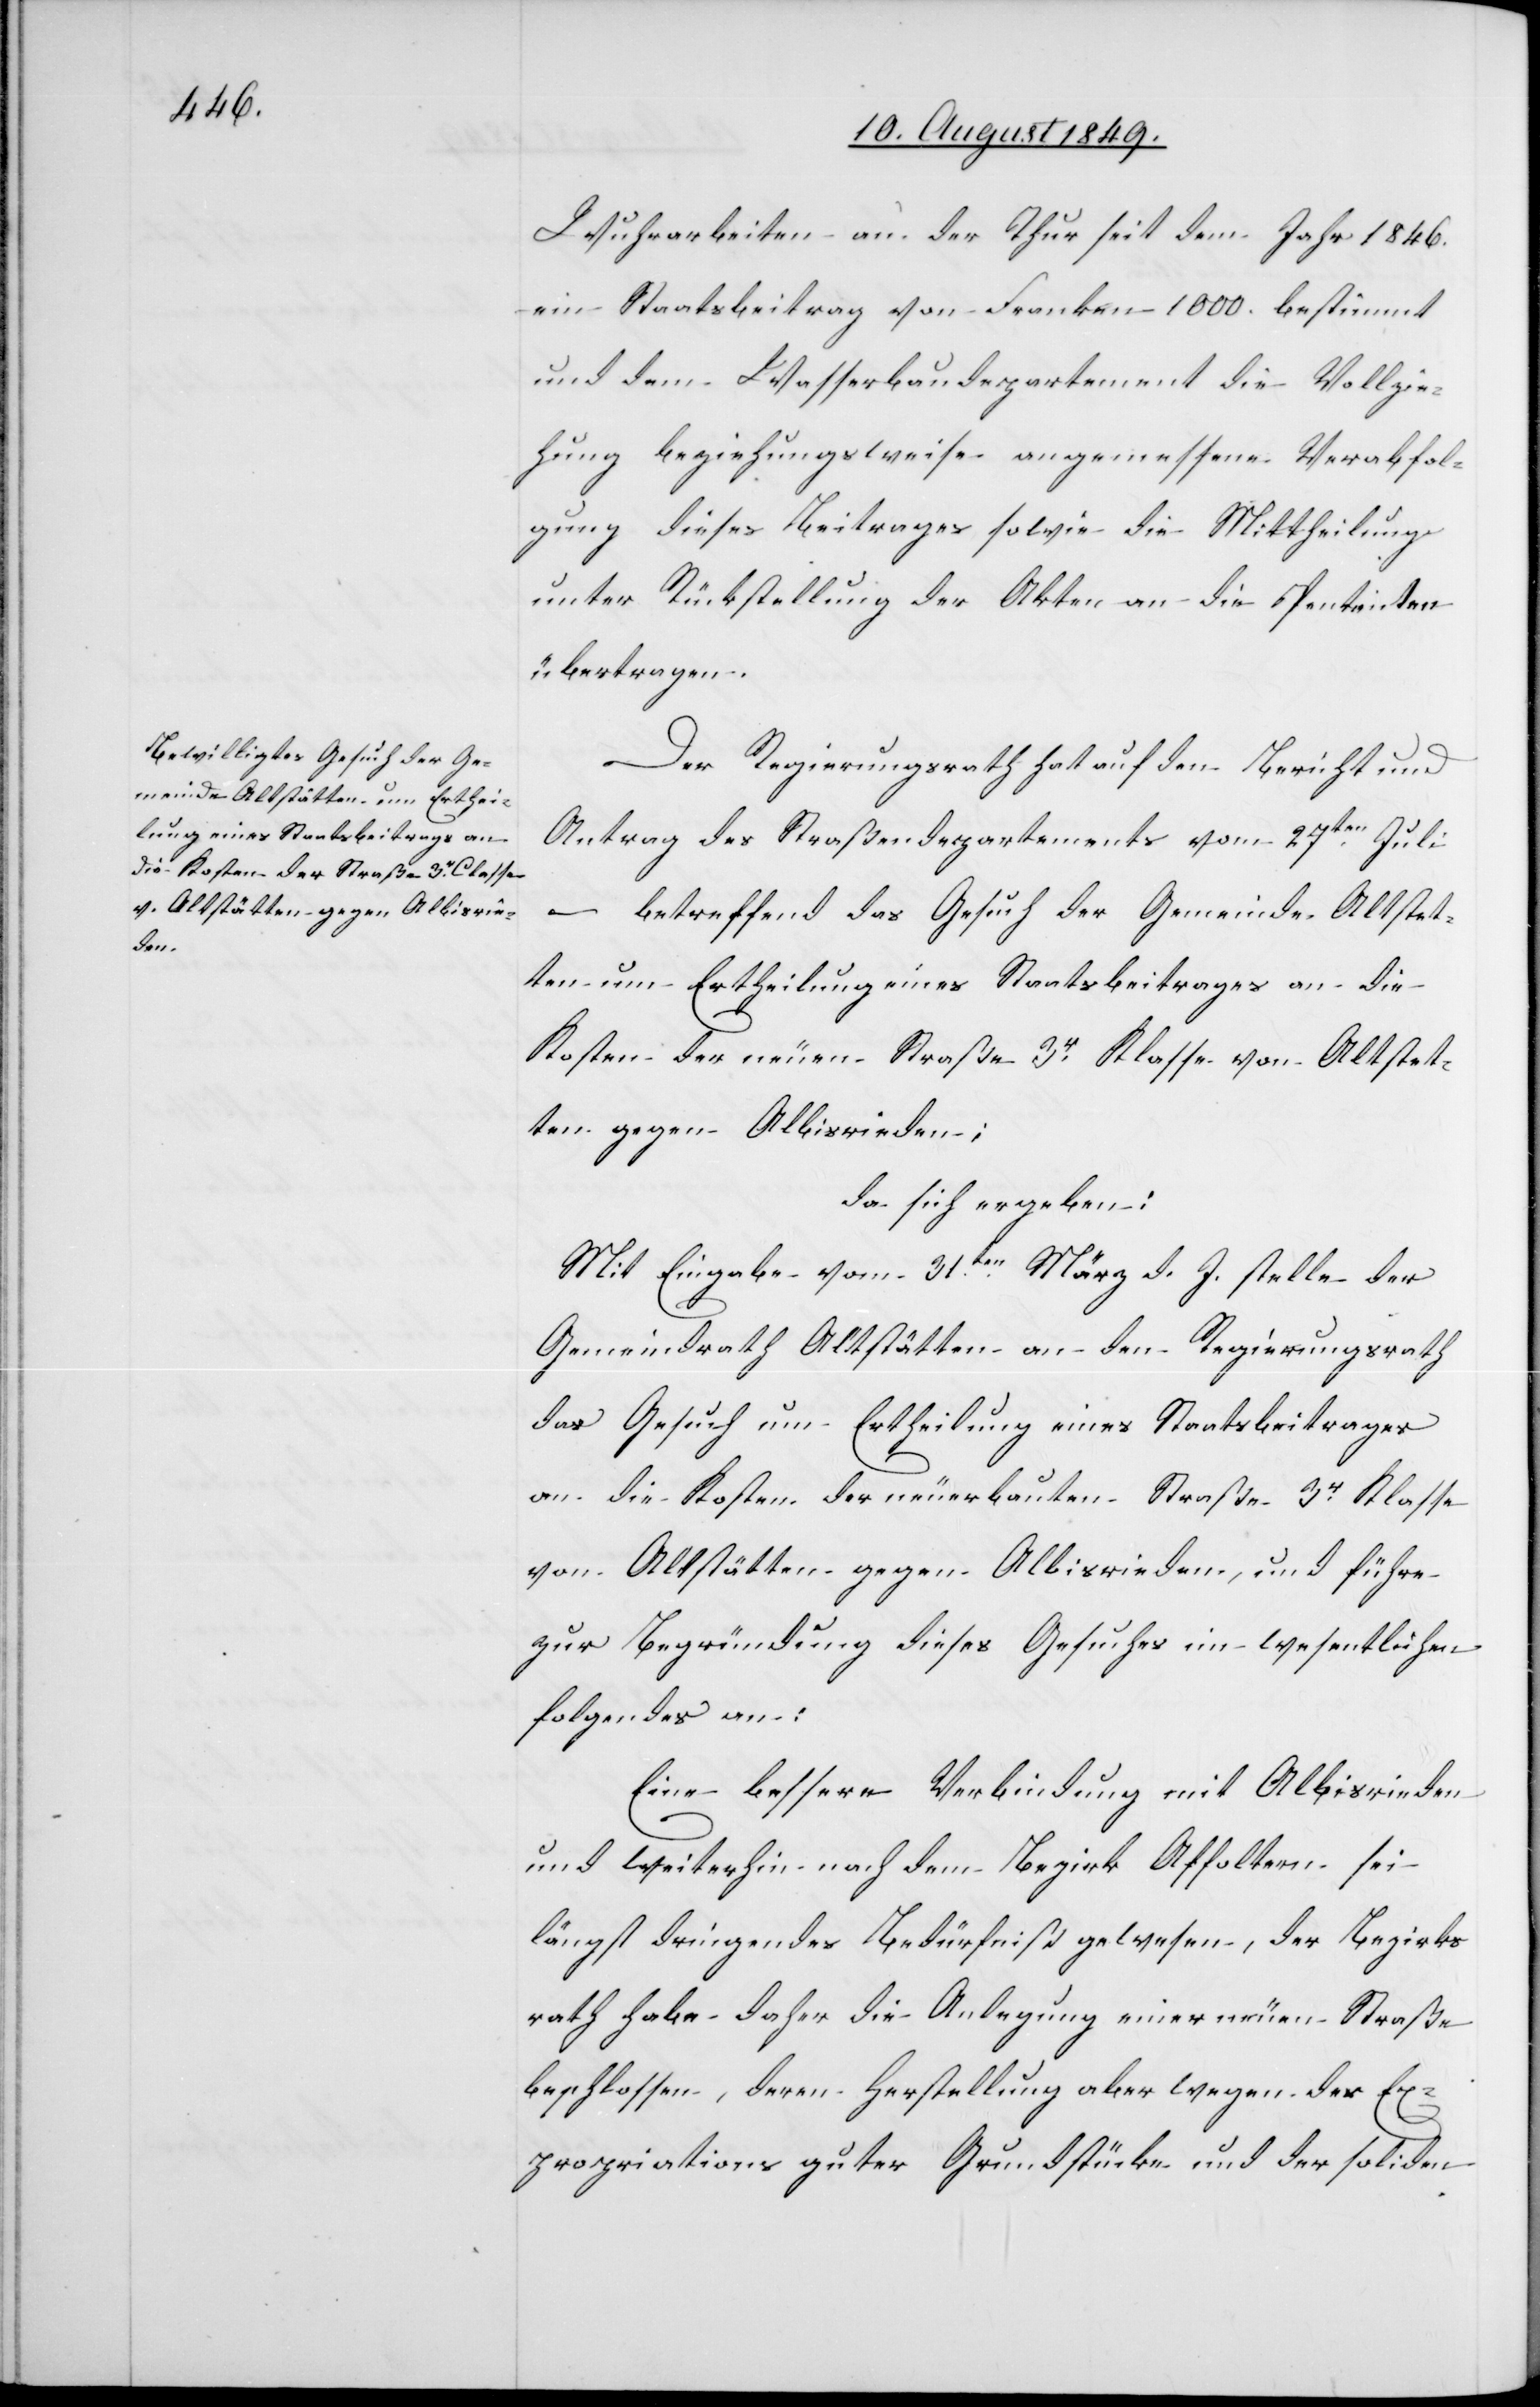
Wuhrarbeiten an der Thur seit dem Jahr 1846.
ein Staatsbeitrag von Franken 1 000. bestimmt
und dem Wasserbaudepartement die Vollzie¬
hung beziehungsweise angemessene Verabfol¬
gung dieses Beitrages sowie die Mittheilung
unter Rückstellung der Akten an die Pententen
übertragen.
Der Regierungsrath hat auf den Bericht und
Antrag des Straßendepartements vom 27ten Juli
–
betreffend das Gesuch der Gemeinde Altstet¬
ten um Ertheilung eines Staatsbeitrages an die
Kosten der neuen Straße 3r Klasse von Altstet¬
ten gegen Albisrieden;
da sich ergeben:
Mit Eingabe vom 31ten März d. J. stelle der
Gemeindrath Altstätten an den Regierungsrath
das Gesuch um Ertheilung eines Staatsbeitrages
an die Kosten der neuerbauten Straße 3r Klasse
von Altstätten gegen Albisrieden, und führe
zur Begründung dieses Gesuch im wesentlichen
folgendes an:
Eine bessere Verbindung mit Albisrieden
und weiterhin nach dem Bezirk Affoltern sei
längst dringendes Bedürfniß gewesen, der Bezirks¬
rath habe daher die Anlegung einer neuen Straße
beschlossen, deren Herstellung aber wegen der Ex¬
propriations [sic!] guter Grundstücke und der soliden